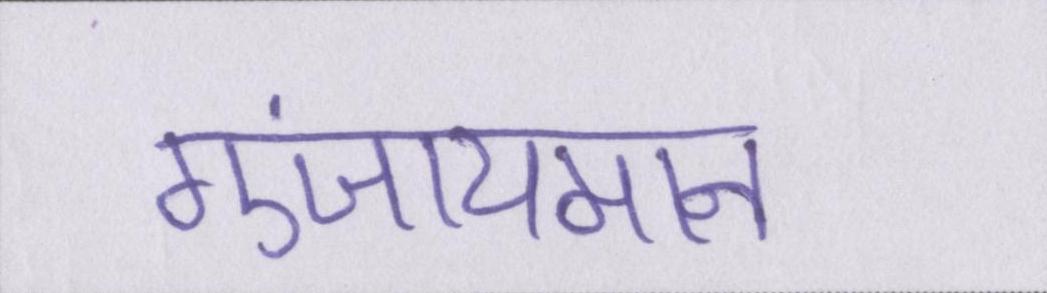
गुंजायमान